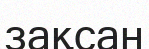
зақсан